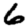
Digit: 6